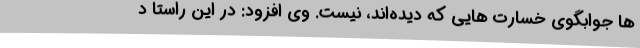
ها جوابگوی خسارت هایی که دیده‌اند، نیست. وی افزود: در این راستا د